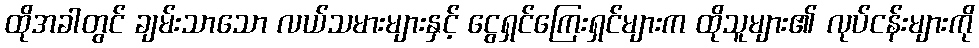
ထိုအခါတွင် ချမ်းသာသော လယ်သမားများနှင့် ငွေရှင်ကြေးရှင်များက ထိုသူများ၏ လုပ်ငန်းများကို